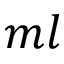
m l